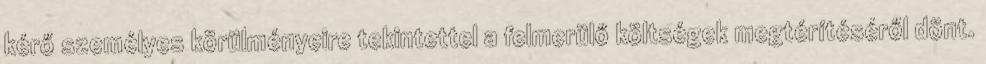
kérő személyes körülményeire tekintettel a felmerülő költségek megtérítéséről dönt.